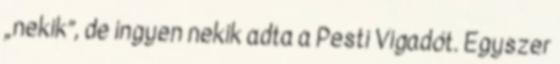
„nekik”, de ingyen nekik adta a Pesti Vigadót. Egyszer